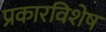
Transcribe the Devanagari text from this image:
प्रकारविशेष